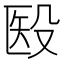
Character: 殹